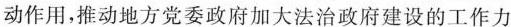
动作用，推动地方党委政府加大法治政府建设的工作力